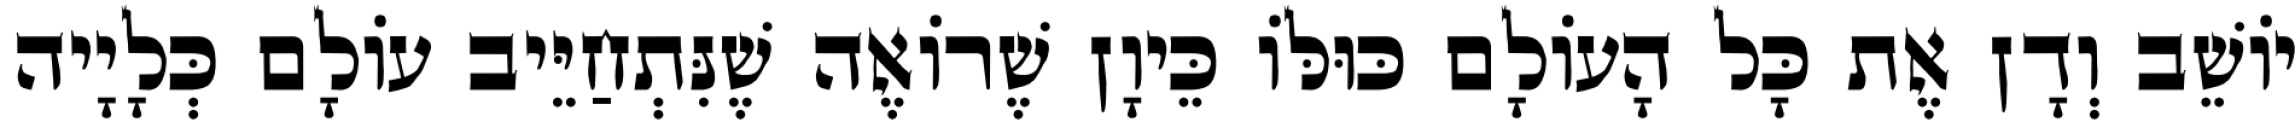
יוֹשֵׁב וְדָן אֶת כָּל הָעוֹלָם כּוּלּוֹ כֵּיוָן שֶׁרוֹאֶה שֶׁנִּתְחַיֵּיב עוֹלָם כְּלָיָיה